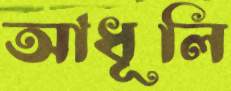
আধূলি